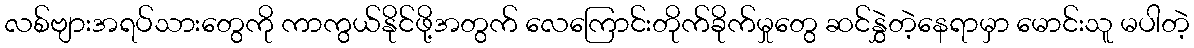
လစ်ဗျားအရပ်သားတွေကို ကာကွယ်နိုင်ဖို့အတွက် လေကြောင်းတိုက်ခိုက်မှုတွေ ဆင်နွှဲတဲ့နေရာမှာ မောင်းသူ မပါတဲ့